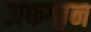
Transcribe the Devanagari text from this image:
अफगा़न